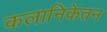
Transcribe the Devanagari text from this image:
कलानिकेतन